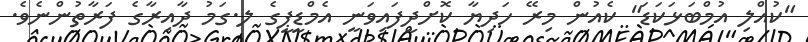
"ކުއްލި އުމްބަޅަކަޑަ" ކެއުން މިރޭ ހަދިޔާ ކޮށްދީފައިވަނީ އެމްޑީޕީގެ ލ.ގަމު ދާއިރާގެ ފަރާތުންނެވެ.